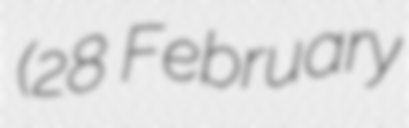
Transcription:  (28 February